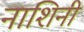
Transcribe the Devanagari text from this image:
नाशिनी